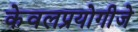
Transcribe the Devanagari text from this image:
केवलप्रयोगीजे